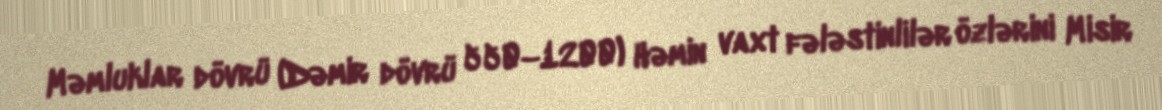
Məmluklar dövrü (Dəmir dövrü 550–1200) Həmin vaxt fələstinlilər özlərini Misir